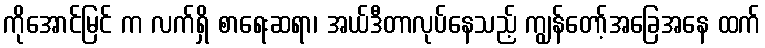
ကိုအောင်မြင် က လက်ရှိ စာရေးဆရာ၊ အယ်ဒီတာလုပ်နေသည့် ကျွန်တော့်အခြေအနေ ထက်